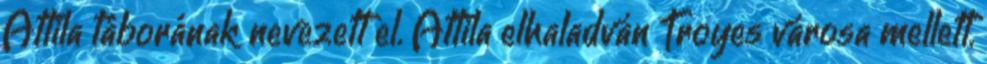
Attila táborának nevezett el. Attila elhaladván Troyes városa mellett,